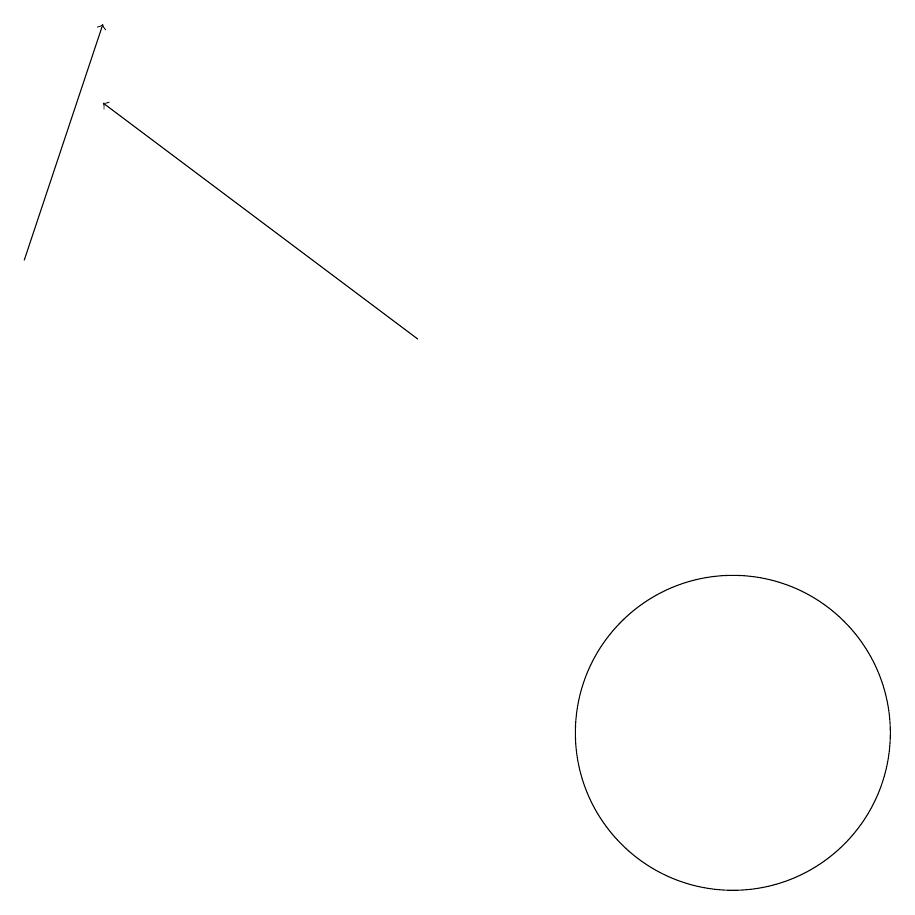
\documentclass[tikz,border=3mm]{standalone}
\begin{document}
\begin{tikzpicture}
\draw[->] (3,16) -- (4,19);
\draw (12,10) circle (2);
\draw[->] (8,15) -- (4,18);
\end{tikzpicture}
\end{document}